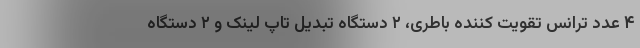
۴ عدد ترانس تقویت کننده باطری، ۲ دستگاه تبدیل تاپ لینک و ۲ دستگاه